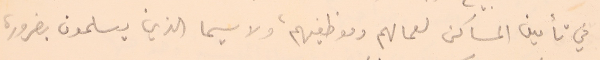
في تأمين المساكن لعمالهم وموظفيهم، ولا سيما الذين يسلمون بضرورة